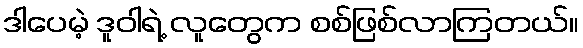
ဒါပေမဲ့ ဒူဝါရဲ့ လူတွေက စစ်ဖြစ်လာကြတယ်။